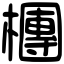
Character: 檲